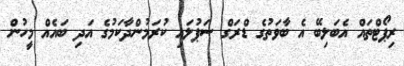
ރިޕޯޓްތައް އެބަލިބޭ އެ ބާވަތުގެ ޑްރަގް ސަޕުލައި ކުރަމުންދާކަމުގެ އަދި ބައެއް މީހުން